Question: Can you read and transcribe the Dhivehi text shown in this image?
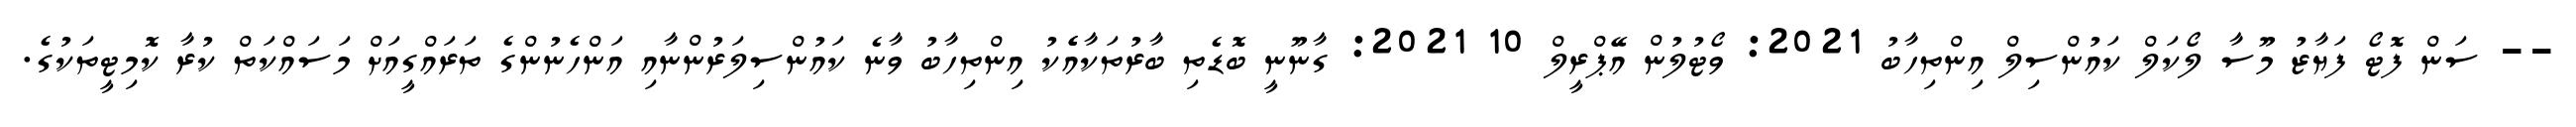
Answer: -- ސަން ފޮޓޯ ފަޔާޒު މޫސާ ލޯކަލް ކައުންސިލް އިންތިހާބު 2021: ވޯޓުލުން އޭޕްރީލް 10 2021: ގާނޫނީ ބޮޑެތި ބާރުތަކާއެެކު އިންތިހާބު ވާނެ ކައުންސިލަރުންނާއި އަންހެނުންގެ ތަރައްގީއަށް މަސައްކަތް ކުރާ ކޮމިޓީތަކުގެ.